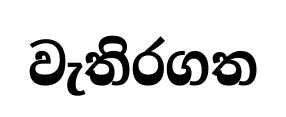
වැතිරගත